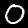
Label: 0